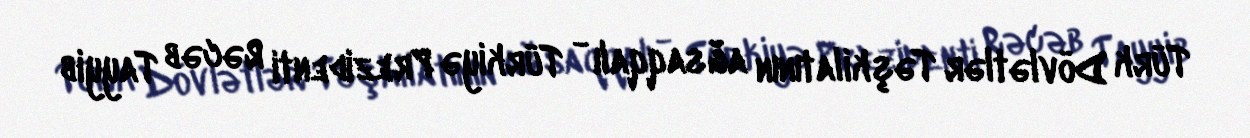
Türk Dövlətlər Təşkilatının ağsaqqalı - Türkiyə Prezidenti Rəcəb Tayyib